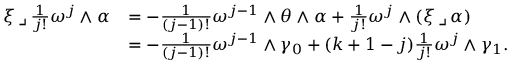
\begin{array} { r l } { \xi \operatorname { \lrcorner } \frac { 1 } { j ! } \omega ^ { j } \wedge \alpha } & { = - \frac { 1 } { ( j - 1 ) ! } \omega ^ { j - 1 } \wedge \theta \wedge \alpha + \frac { 1 } { j ! } \omega ^ { j } \wedge ( \xi \operatorname { \lrcorner } \alpha ) } \\ & { = - \frac { 1 } { ( j - 1 ) ! } \omega ^ { j - 1 } \wedge \gamma _ { 0 } + ( k + 1 - j ) \frac { 1 } { j ! } \omega ^ { j } \wedge \gamma _ { 1 } . } \end{array}